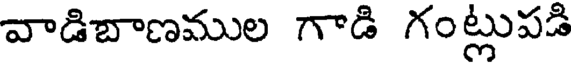
వాడిబాణముల గాడి గంట్లుపడి